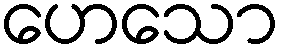
ဟေသော